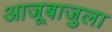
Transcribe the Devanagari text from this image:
आजूबाजुला